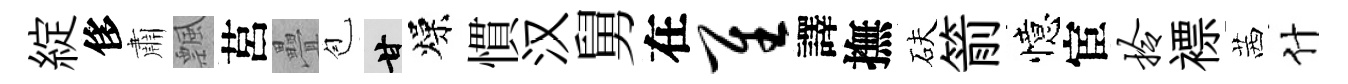
綻侈肅飄莒疊苞甘燥慣汉舅在隹譯撫砆箭憶宦拎褾茜什